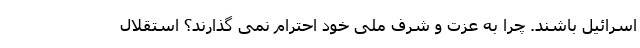
اسرائیل باشند. چرا به عزت و شرف ملی خود احترام نمی گذارند؟ استقلال